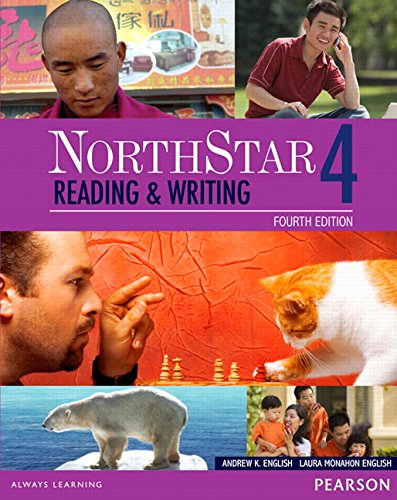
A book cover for NorthStar Reading and Writing 4 with MyEnglishLab (4th Edition); Andrew K. English; Reference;